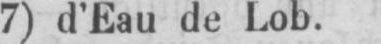
7) d’Eau de Lob.